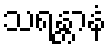
သရန္တာနံ